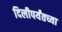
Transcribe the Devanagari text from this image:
दिलीपर्यंतच्या